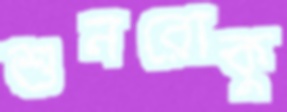
শুনরোকু